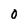
Character: o